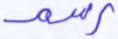
رسم